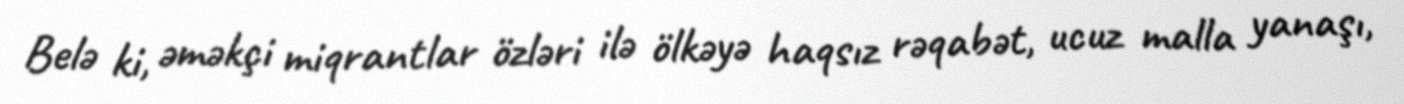
Belə ki, əməkçi miqrantlar özləri ilə ölkəyə haqsız rəqabət, ucuz malla yanaşı,